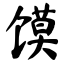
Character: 馍